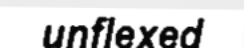
unflexed